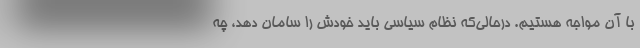
با آن مواجه هستیم. درحالی‌که نظام سیاسی باید خودش را سامان دهد، چه